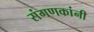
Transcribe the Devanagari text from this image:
संगणकांनी